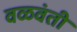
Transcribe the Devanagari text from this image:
वळवंती